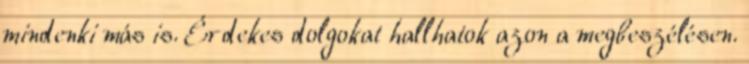
mindenki más is. Érdekes dolgokat hallhatok azon a megbeszélésen.